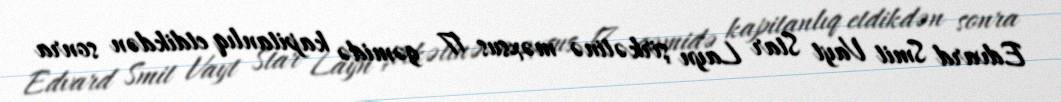
Edvard Smit Vayt Star Layn şirkətinə məxsus 17 gəmidə kapitanlıq etdikdən sonra